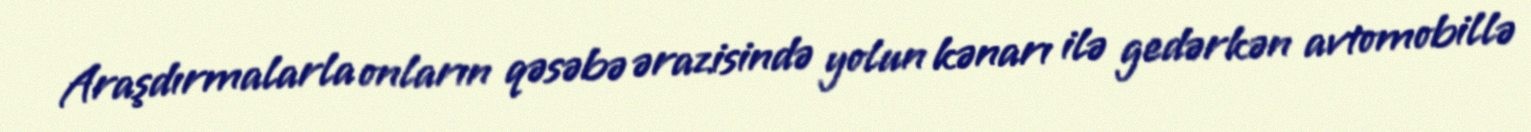
Araşdırmalarla onların qəsəbə ərazisində yolun kənarı ilə gedərkən avtomobillə